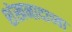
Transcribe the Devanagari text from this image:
शंखनादाच्या